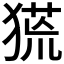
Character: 𤠛